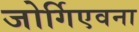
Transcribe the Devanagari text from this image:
जोर्गिएवना